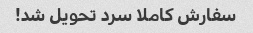
سفارش کاملا سرد تحویل شد!